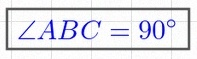
\angle ABC=90^\circ